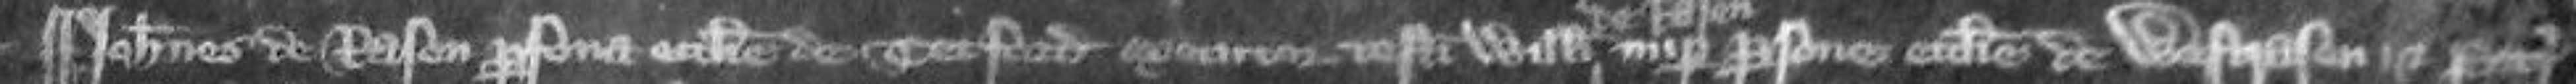
¶Johannes de Rasen persona ecclesie de Tetford executor testamenti Willelmi nuper persona ecclesie de Westrasen et Petrus